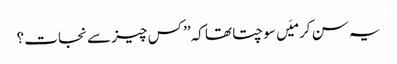
یہ سن کر میَں سوچتا تھا کہ’’ کس چیز سے نجات ؟